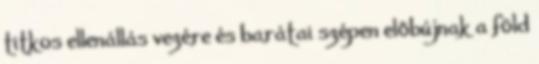
titkos ellenállás vezére és barátai szépen előbújnak a föld